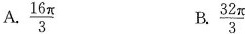
A. \frac{16π}{3} B.\frac{32π}{3}